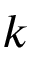
\boldsymbol { k }